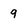
Character: 9